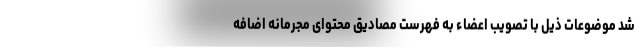
شد موضوعات ذیل با تصویب اعضاء به فهرست مصادیق محتوای مجرمانه اضافه